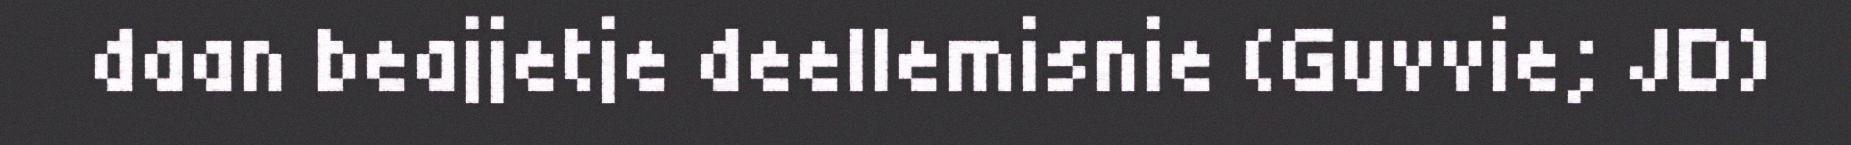
daan beajjetje deellemisnie (Guvvie; JD)